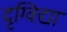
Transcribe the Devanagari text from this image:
दृग्विद्या